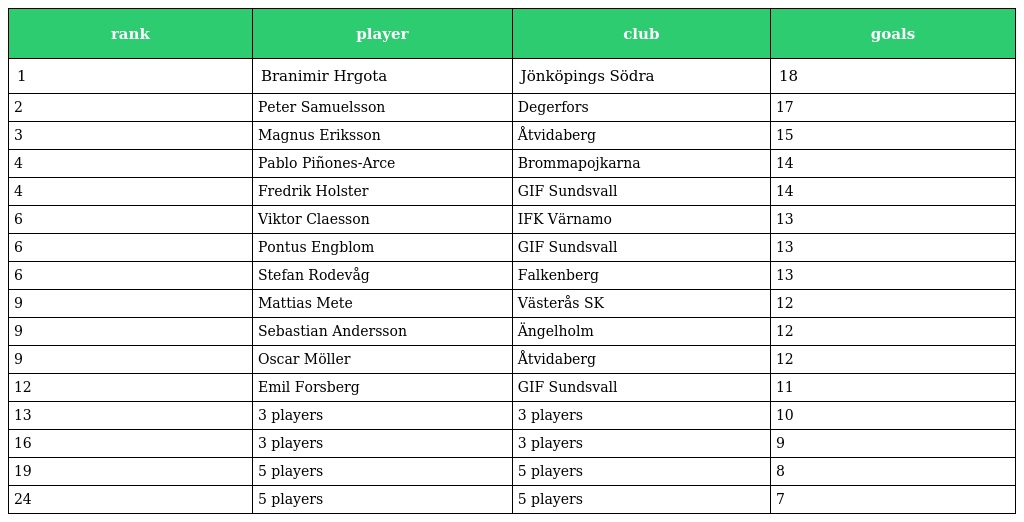
| rank | player | club | goals |
 | --- | --- | --- | --- |
 | 1 | Branimir Hrgota | Jönköpings Södra | 18 |
 | 2 | Peter Samuelsson | Degerfors | 17 |
 | 3 | Magnus Eriksson | Åtvidaberg | 15 |
 | 4 | Pablo Piñones-Arce | Brommapojkarna | 14 |
 | 4 | Fredrik Holster | GIF Sundsvall | 14 |
 | 6 | Viktor Claesson | IFK Värnamo | 13 |
 | 6 | Pontus Engblom | GIF Sundsvall | 13 |
 | 6 | Stefan Rodevåg | Falkenberg | 13 |
 | 9 | Mattias Mete | Västerås SK | 12 |
 | 9 | Sebastian Andersson | Ängelholm | 12 |
 | 9 | Oscar Möller | Åtvidaberg | 12 |
 | 12 | Emil Forsberg | GIF Sundsvall | 11 |
 | 13 | 3 players | 3 players | 10 |
 | 16 | 3 players | 3 players | 9 |
 | 19 | 5 players | 5 players | 8 |
 | 24 | 5 players | 5 players | 7 |